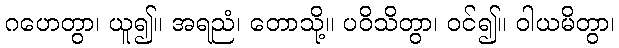
ဂဟေတွာ၊ ယူ၍။ အရညံ၊ တောသို့။ ပဝိသိတွာ၊ ဝင်၍။ ဝါယမိတွာ၊